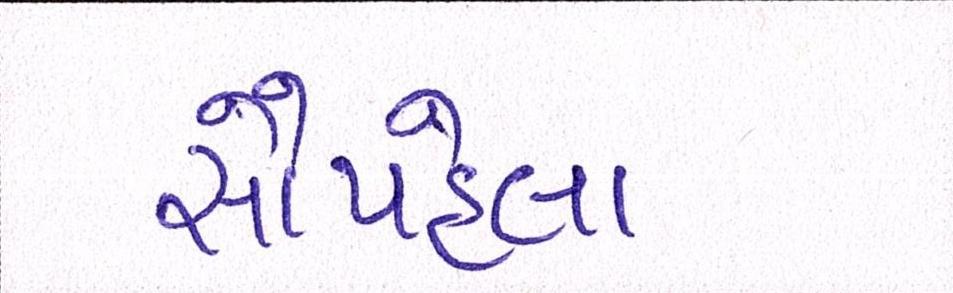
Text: સૌપહેલા